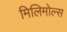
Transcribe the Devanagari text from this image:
मिलिमोल्स